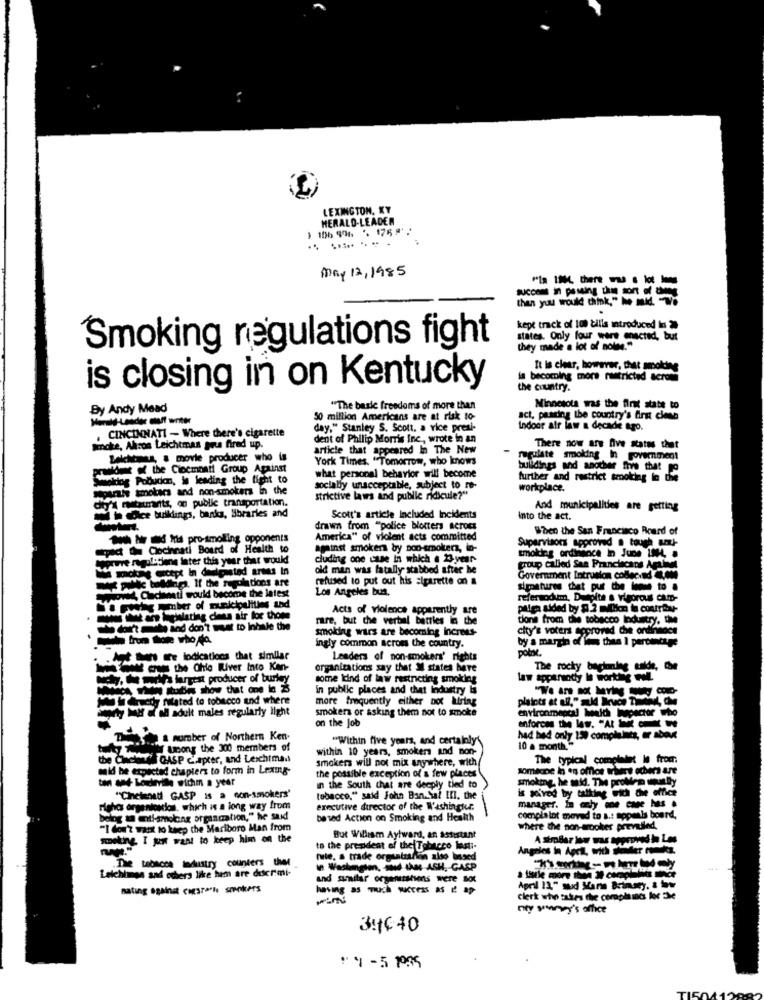
LEXINGTON, KY
HERALD-LEADER
106 96 '. 175
.. .......
May 12,1985
"la 14, there was k
than you would think,"he had
.
kept track of 100 tills introduced in 2
states. Only four were enacted, but
Smoking regulations fight
they made a lot of noise."
It Is clear, however, that smoking
is becoming more restricted serch
is closing in on Kentucky
the country.
By Andy Mead
"The back freedoms of more than
Minnesota was the first state to
Mimig-Leader choff writer
50 million Americans are at risk to-
act. praging the country's first clona
day," Stanley S. Scott, a vice presi-
indoor air law a decade ago.
. CINCINNATI - Where there's cigarette
dent of Phillip Morris Inc ., wrote in an
smoke, Akron Leichtmas grus fired up.
article that appeared In The New
There now are five states that
Beichoses, a movie producer who is
York Times. "Tomorrow, who knows
regulate smolding in government
out of the Ciocmbali Group Against
buildings and another frye that To
wiring Pobuden, Is leading the fight to
what personal behavior will become
further and restrict smoking to die
parahe smokers and non-smokers in the
socially unacceptable, subject to re-
workplace.
diy's restaurants, on public transportation.
strictive laws and public ridicule?""
And municipalities are getting
h ce bulklings, banks, Sbrarles and
Scott's article included Incidents
into the act.
drawn from "police blotters across
When the San Francisco Board of
$wh ir d Is pro-smolling opponents
America" of violent acts committed
Supervisors approved @ tough ant-
pad ( Clocinnati Board of Health to
against smoker by non-smokers, in-
Coprire regulatiene later this year that would
cluding one case In which . 23.year-
smoking ordinance In June LOW4, a
old man was fatally stabbed after he
group called Sea Franciscans Aplast
wili balddip. If the regulations are
refused to put out his sigarette on a
Government Intrusion collecrad ,OM
Word, Cadmati would become the latest
Los Angeles bua.
signatures that pur the leme to .
referandum, Despite a vigorous camp-
Acts of violence apparently are
a Epalating dens sir for thome
rare, but the verbal battles in the
done from the tobacco Industry. the
o dott't mule and don't want to inhale the
smoking wars are becoming Increes-
city's voters approved che ondinndes
mais from those who da.
by a margin of les thee 1 percentage
ingly common across the country.
pobox.
. Ant Ban Te lodications that similar
Leaders of non-smokers' rights
at The River Into Ken-
organizations say that M states have
The rocky beginning calde, Che
Moly. Ke medha frgest producer of turkey
some kind of law restricting smoking
Law appinandy is worthy wol.
in public places and chet industry Is
W Greedy filated to tobacco and where
more frequently either not bring
party Mir af all adult males regularly light
smokers or asking them not to smoke
environmental health inapector who
on the Job
enforces the les. "At ---
The a number of Northern Ken.
"Within five years, and certainly'
had had only 150 complaints, er about
unong the 300 members of
within 10 years, smokers and non-
10 a month."
TOASP Chapter, and Leichtmad
smokers will not mix anywhere, with
The typical complaint le from:
mid he expected chapters to form in Lexung-
the possible exception of a few places
someone in es offlos where others are
tan and- bourvile wichm a year
smoking, he said. The proMen utly
in the South that are deeply tied to
is Mived by talking with the office
"Cincinnati GASP is a non-smokers'
tobacco," said John Ban.Sal III, the
righes organicnios, which is a long way from
executive director of the Washingtur.
elog a elf-smoong organcation," he said
based Action on Smoking and Health
complaint moved to a .: appeals board,
"I don't want to keep the Marlboro Man from
where the non-erpoker prevailed.
spoting I just want to keep him on the
But William Aylward, an assistant
to the president of the Tobacco last :-
Angeles In Apct, with whider romska.
The tabacca ledustry counters twee
tule. a trade organization also based
In Washington, d the ASH. GASP
Lelchimes and others like hem are descrimi-
and sunitar organisations were Bot
nating against cogsrash smokers
having as much success as e ap
April 11." sud Ine briausey, a how
clerk who takes the comple mc loc 3Me
ney summey's office
34640
1 4-5 135